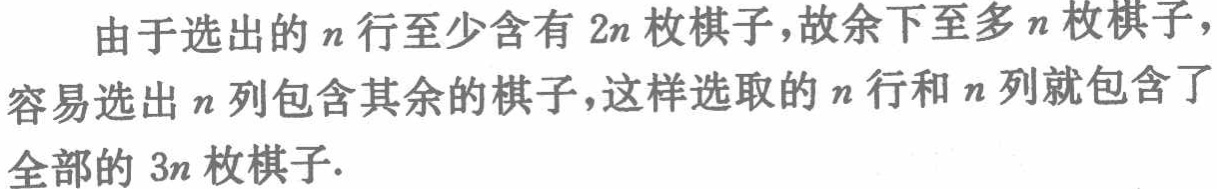
由于选出的\(n\)行至少含有\(2n\)枚棋子，故余下至多\(n\)枚棋子，容易选出\(n\)列包含其余的棋子，这样选取的\(n\)行和\(n\)列就包含了全部的\(3n\)枚棋子.